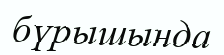
бүрышында